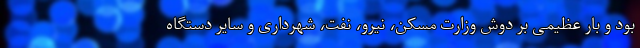
بود و بار عظیمی بر دوش وزارت مسکن، نیرو، نفت، شهرداری و سایر دستگاه